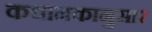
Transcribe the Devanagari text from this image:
कथानकानुसार